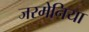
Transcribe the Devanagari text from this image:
जरमेनिया